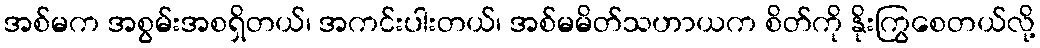
အစ်မက အစွမ်းအစရှိတယ်၊ အကင်းပါးတယ်၊ အစ်မမိတ်သဟာယက စိတ်ကို နိုးကြွစေတယ်လို့